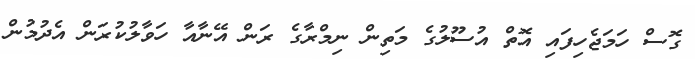
ގޮސް ހަމަޖެހިފައި އޮތް އުސޫލުގެ މަތިން ނިމްރާގެ ރަން އޭނާއާ ހަވާލުކުރަން އެދުމުން